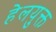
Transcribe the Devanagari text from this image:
हेलयुक्त